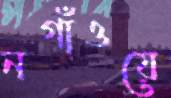
নগাঁওয়ে